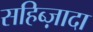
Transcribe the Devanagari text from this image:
सहिब्ज़ादा